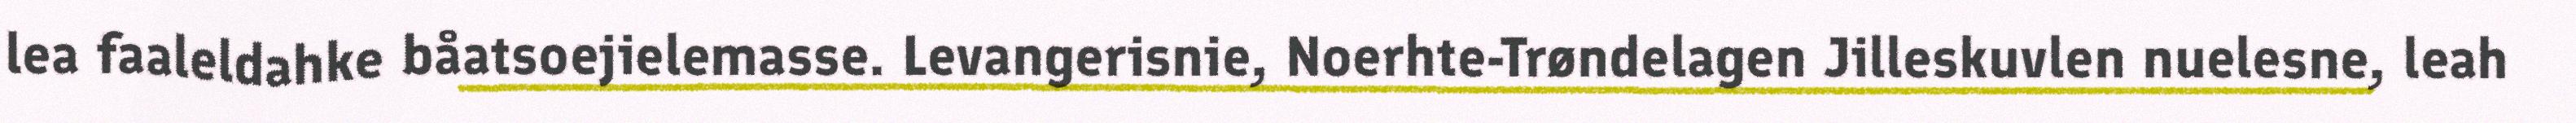
lea faaleldahke båatsoejielemasse. Levangerisnie, Noerhte-Trøndelagen Jilleskuvlen nuelesne, leah